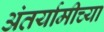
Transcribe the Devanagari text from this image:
अंतर्यामीच्या